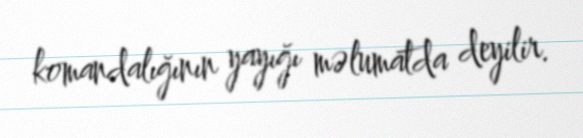
komandalığının yayığı məlumatda deyilir.